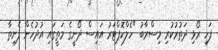
ފަހި ރޯޅި ދަތުރުކުރި މިސްރާބު "ހެލްކޮޕްޓަރު އައިސް ދޯނީގެ މަތީގައި އުދުހެން ފެށިތާ